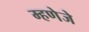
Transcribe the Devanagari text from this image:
म्हणेजे